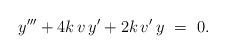
LaTeX: \begin{align*} y^{\prime \prime \prime} +4k\,v\,y^{\prime} + 2k\,v^{\prime}\,y ~=~ 0. \end{align*}